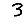
Digit: 3